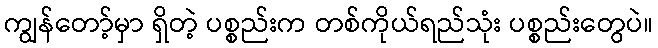
ကျွန်တော့်မှာ ရှိတဲ့ ပစ္စည်းက တစ်ကိုယ်ရည်သုံး ပစ္စည်းတွေပဲ။